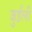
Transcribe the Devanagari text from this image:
जुईली